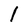
Character: l